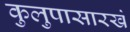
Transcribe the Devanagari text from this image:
कुलुपासारखे